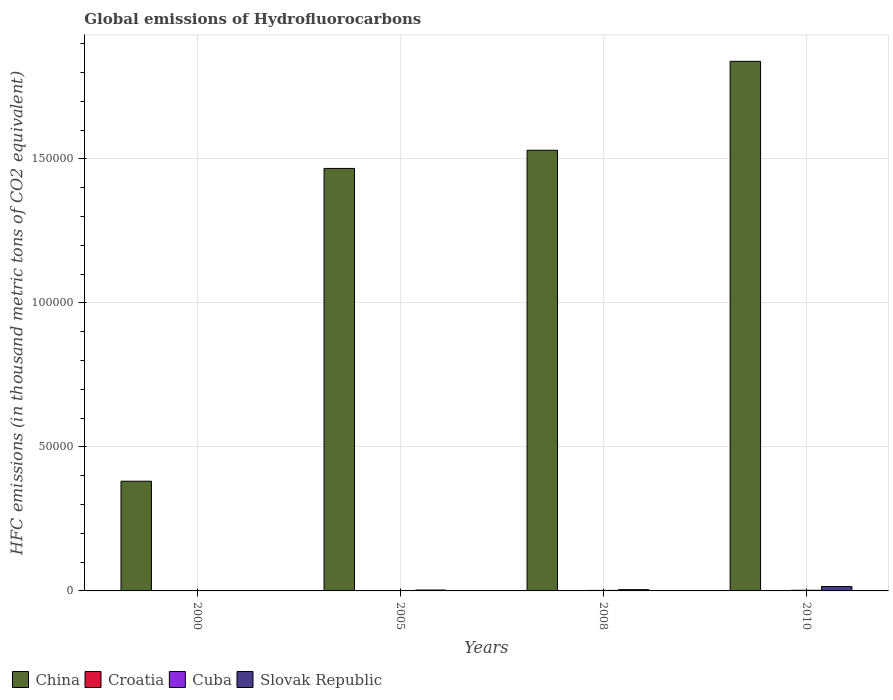
| Years | China | Croatia | Cuba | Slovak Republic |
 | --- | --- | --- | --- | --- |
 | 2000 | 3.81e+04 | 16.3 | 34.2 | 109 |
 | 2005 | 1.47e+05 | 47.5 | 128 | 320 |
 | 2008 | 1.53e+05 | 66.3 | 186 | 442 |
 | 2010 | 1.84e+05 | 78 | 226 | 1.52e+03 |